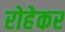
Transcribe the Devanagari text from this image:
रोहेकर